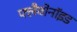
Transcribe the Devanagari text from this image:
फ्लैवोनॉइड